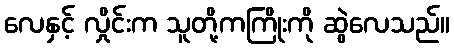
လေနှင့် လှိုင်းက သူတို့ကကြိုးကို ဆွဲလေသည်။